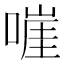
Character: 嘊